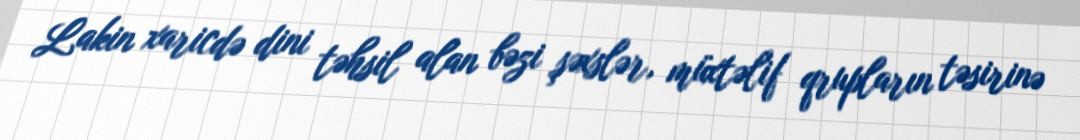
Lakin xaricdə dini təhsil alan bəzi şəxslər, müxtəlif qrupların təsirinə